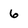
Character: 6